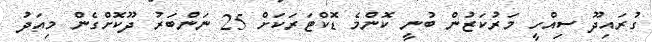
ގުރައިދޫ ސިއްހީ މަރުކަޒުން ބުނީ ކޮންމެ ޑޮކްޓަރަކަށް 25 ނަންބަރު ދޫކޮށްގެން މިއަދު